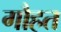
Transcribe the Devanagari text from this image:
गौहत